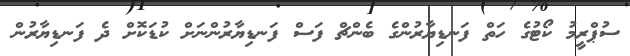
ސުޕްރީމު ކޯޓުގެ ހަތް ފަނޑިޔާރުންގެ ބެންޗް ފަސް ފަނޑިޔާރުންނަަށް ކުޑަކޮށް ދެ ފަނޑިޔާރުން